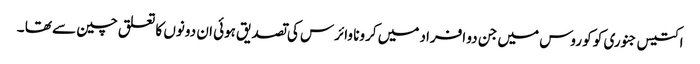
اکتیس جنوری کو کو روس میں جن دو افراد میں کرونا وائرس کی تصدیق ہوئی ان دونوں کا تعلق چین سے تھا ۔